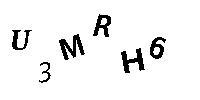
U3MRH6